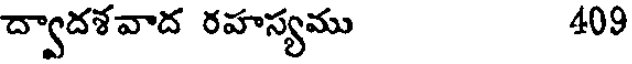
ద్వాదశవాద రహస్యము 409